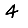
Digit: 4